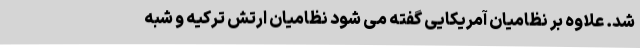
شد. علاوه بر نظامیان آمریکایی گفته می شود نظامیان ارتش ترکیه و شبه